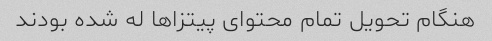
هنگام تحویل تمام محتوای پیتزاها له شده بودند